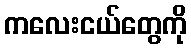
ကလေးငယ်တွေကို